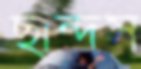
ছান্দস